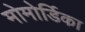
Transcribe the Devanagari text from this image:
मोमोर्डिका